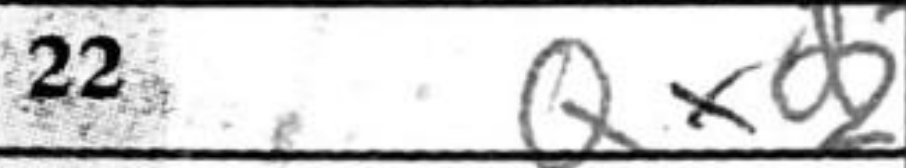
Transcription: Qxd2